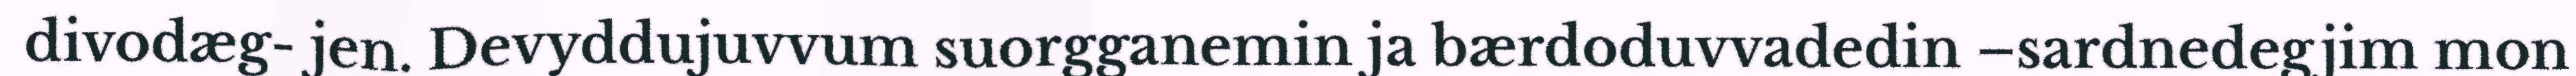
divodæg- jen. Devyddujuvvum suorgganemin ja bærdoduvvadedin –sardnedegjim mon